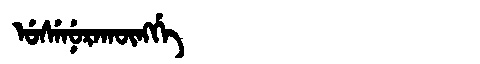
Manchu: ᡠᠰᡝᠨᡠᡵᠠᡴᡡᠩᡤᡝ
Romanization: USENURAKŪNGGE